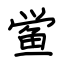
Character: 鲎